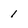
Character: 1